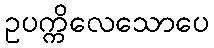
ဥပက္ကိလေသောပေ